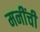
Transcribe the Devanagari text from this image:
मनींची